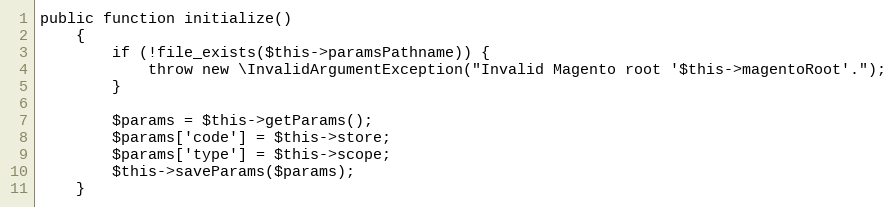
Language: PHP
public function initialize()
    {
        if (!file_exists($this->paramsPathname)) {
            throw new \InvalidArgumentException("Invalid Magento root '$this->magentoRoot'.");
        }

        $params = $this->getParams();
        $params['code'] = $this->store;
        $params['type'] = $this->scope;
        $this->saveParams($params);
    }